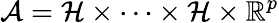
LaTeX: \mathcal{A}=\mathcal{H}\times\cdots\times\mathcal{H}\times\mathbb{R}^{p}